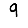
Digit: 9